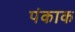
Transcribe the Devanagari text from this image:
पंकाक